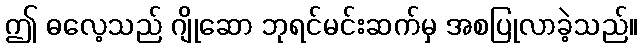
ဤ ဓလေ့သည် ဂျိုဆော ဘုရင်မင်းဆက်မှ အစပြုလာခဲ့သည်။